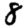
Digit: 8